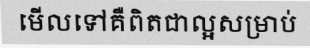
មើលទៅគឺពិតជាល្អសម្រាប់